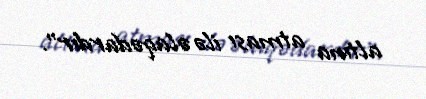
altına atması ilə əlaqədardır”.